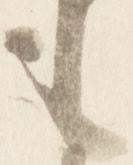
も